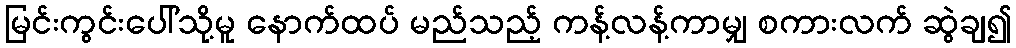
မြင်းကွင်းပေါ်သို့မူ နောက်ထပ် မည်သည့် ကန့်လန့်ကာမျှ စကားလက် ဆွဲချ၍